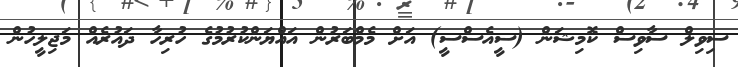
ސިވިލް ސާވިސް ކޮމިޝަން (ސީއެސްސީ) އަށް މެމްބަރުން އައްޔަންކުރުމުގެ ހުރިހާ ދައުރެއް މަޖިލީހުން